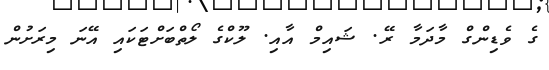
ގެ ވެޑިންގް މާދަމާ ރޭ. ޝައިމް އާއި. ލޫކްގެ ލޯތްބަށްޓަކައި އޭނަ މިރަށުން